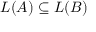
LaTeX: L ( A ) \subseteq L ( B )